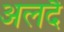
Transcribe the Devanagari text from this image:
अलदै